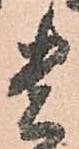
貴